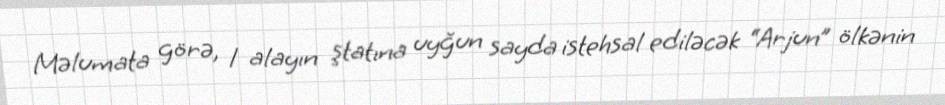
Məlumata görə, 1 alayın ştatına uyğun sayda istehsal ediləcək “Arjun” ölkənin